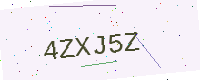
Text: 4ZXJ5Z